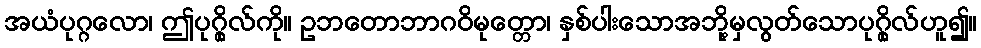
အယံပုဂ္ဂလော၊ ဤပုဂ္ဂိုလ်ကို။ ဥဘတောဘာဂဝိမုတ္တော၊ နှစ်ပါးသောအဘို့မှလွတ်သောပုဂ္ဂိုလ်ဟူ၍။